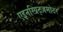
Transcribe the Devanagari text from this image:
एइनस्प्रिट्ज़मोटर